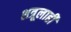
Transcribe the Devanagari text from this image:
शत्रूलाही